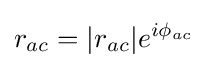
r_{ac}=|r_{ac}|e^{i\phi _{ac}}